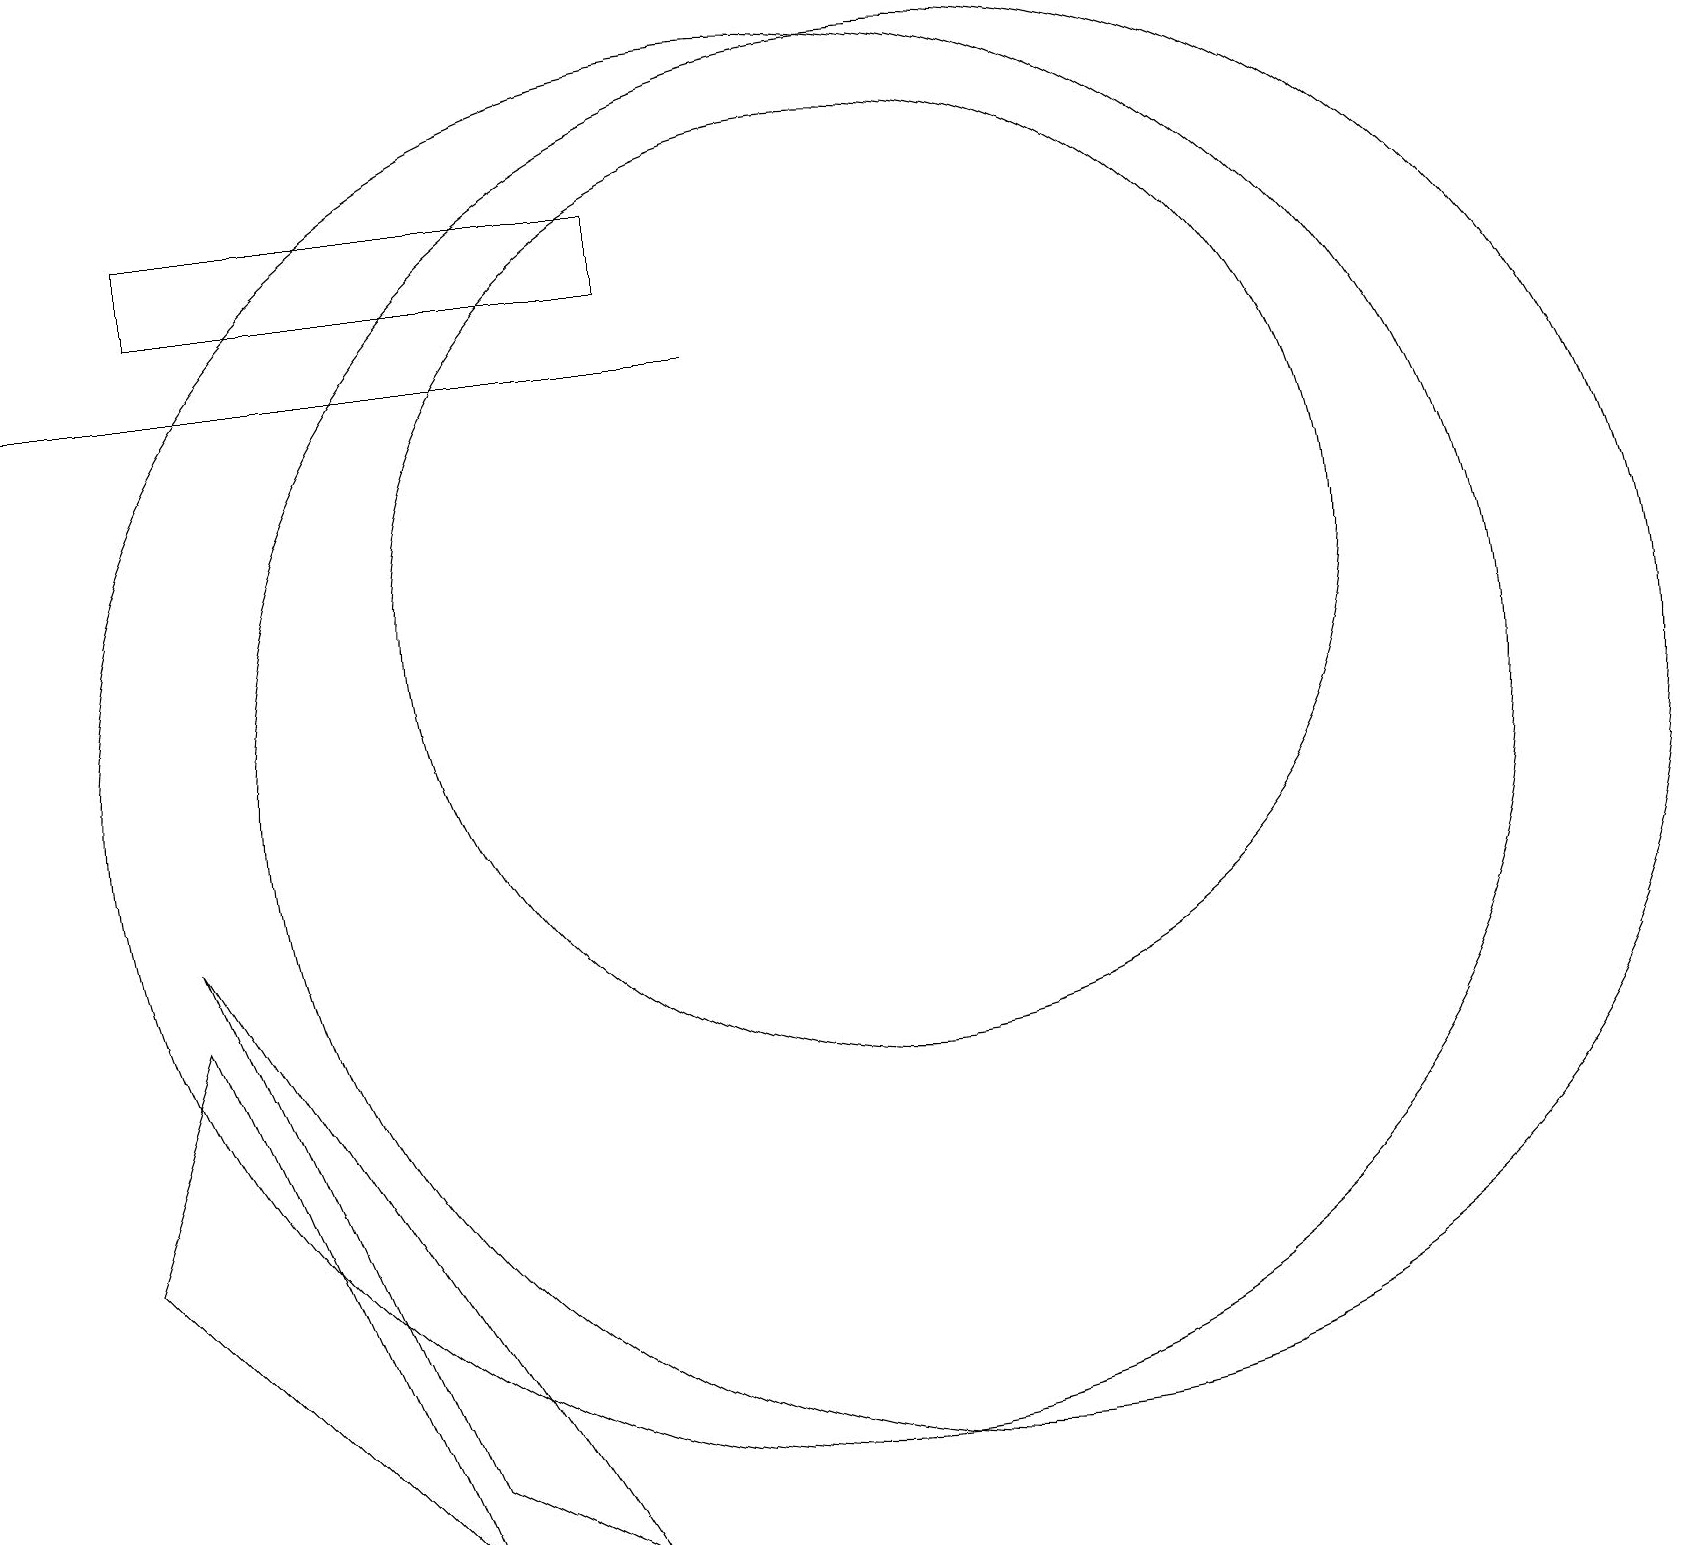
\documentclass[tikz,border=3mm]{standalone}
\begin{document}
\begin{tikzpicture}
\draw (2,17) rectangle (8,16);
\draw (10,10) circle (9);
\draw (5,1) -- (2,8) -- (7,0) -- cycle;
\draw (11,12) circle (6);
\draw (12,10) circle (9);
\draw (2,7) -- (1,4) -- (5,0) -- cycle;
\draw (9,15) rectangle (0,15);
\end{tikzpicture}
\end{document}